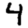
Digit: 4